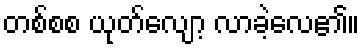
တစ်စစ ယုတ်လျော့ လာခဲ့လေ၏။